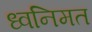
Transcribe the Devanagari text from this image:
ध्वनिमत